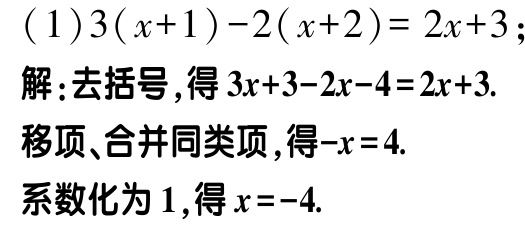
\((1)3(x + 1)-2(x + 2)=2x + 3\);

解：去括号，得\(3x + 3-2x-4 = 2x + 3\).

移项、合并同类项，得\(-x = 4\).

系数化为\(1\)，得\(x = -4\).